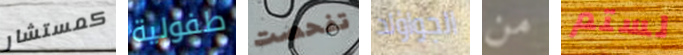
كمستشار طفولية تفحصت الجواؤلد من لستم